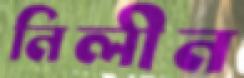
নিলীন